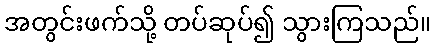
အတွင်းဖက်သို့ တပ်ဆုပ်၍ သွားကြသည်။